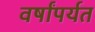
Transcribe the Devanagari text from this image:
वर्षांपर्यत